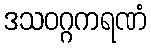
ဒသဝဂ္ဂကရဏံ